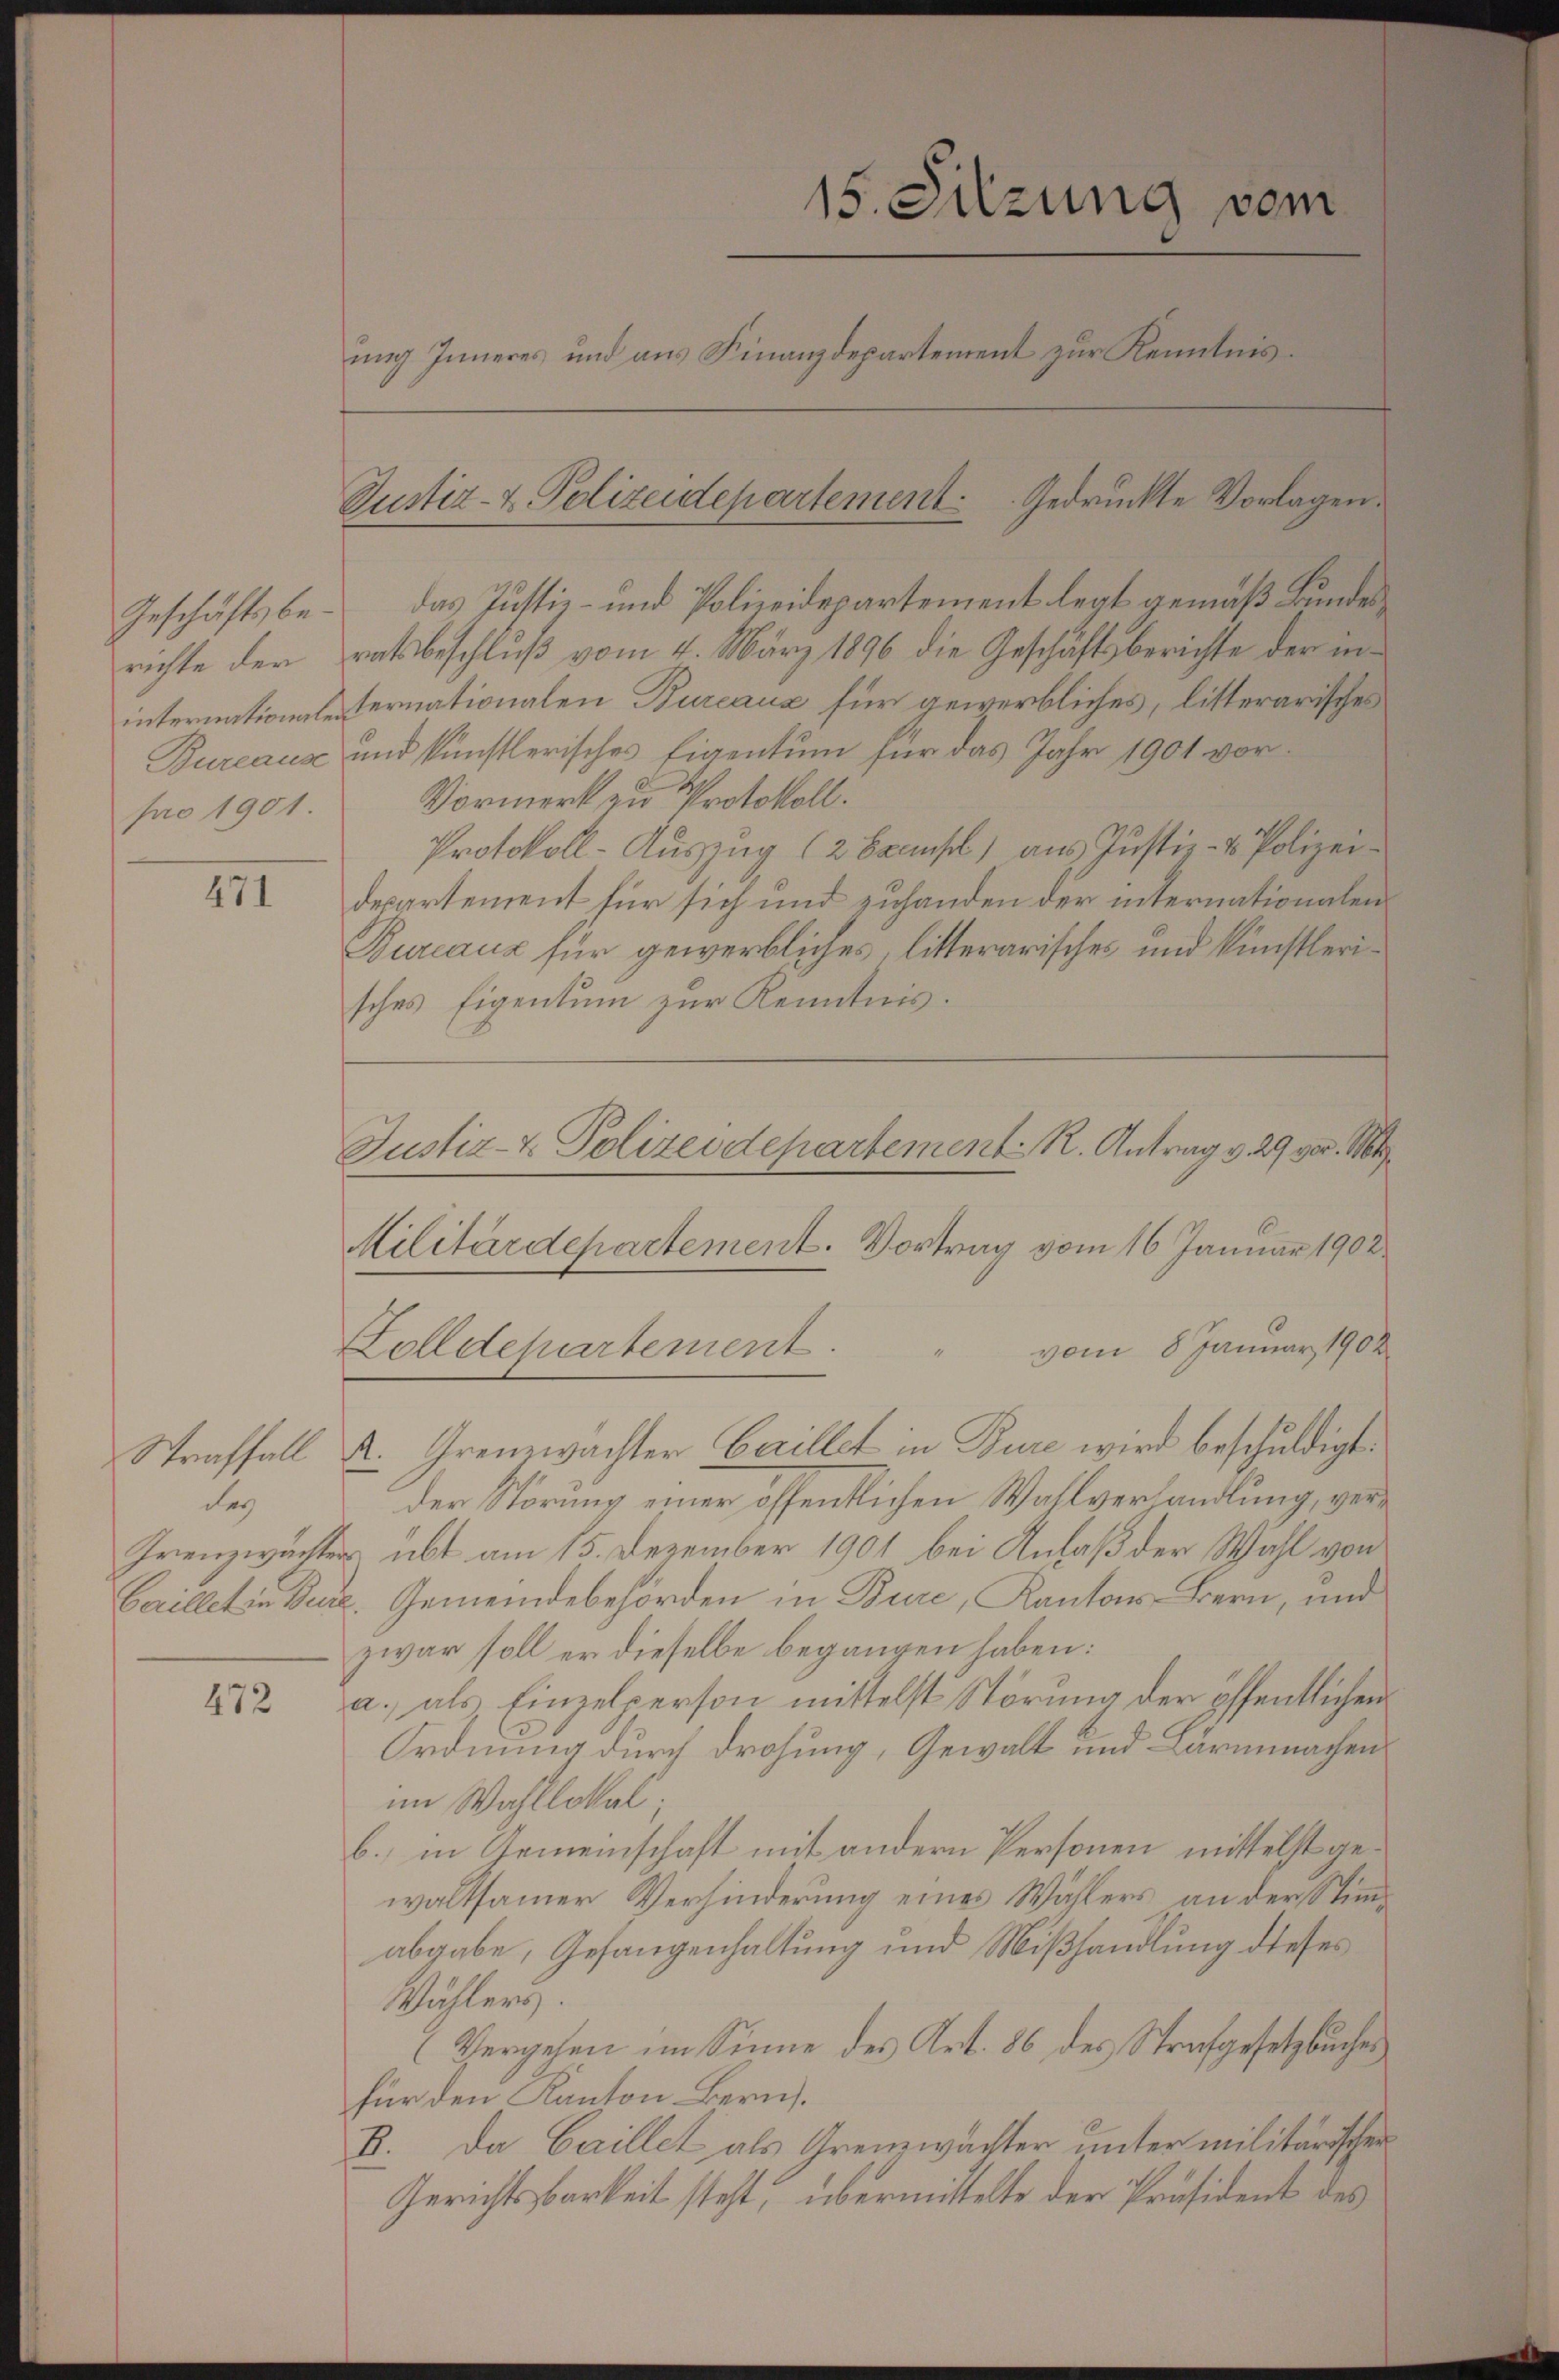
Geschäftsbepro 1901.

471

des

472

15. Sitzung vom
ung Inneres und aus Finanzdepartement zur Kenntnis¬
Pustiz- & Polizeidepartement. Gedruckte Vorlagen.

Justiz- & Polizeidepartement. R. Antrag v. 29 vor. Mt
Militärdepartement. Vortrag vom 16. Januar 1902
Zolldepartement.
vom 8 Januar 1902

das Justiz- und Polizeidepartement legt gemäß Bundesrichte der ratsbeschluß vom 4. März 1896 die Geschäftsberichte der ininternationalesternationalen Bureaus für gewerbliches, litterarisches
Bureaus und künstlerisches Eigentum für das Jahr 1901 vor¬
Vormerk & Protokoll.
Protokoll-Auszug (2 Exemsel) aus Justiz- & Polizeidepartement für sich und zuhanden der internationalen
Bureaux für gewerbliches, litterarisches und künstlerisches Eigentum zur Kenntnis.
Straffall A. Grenzwachter Carillet in Bure wird beschuldigt.
der Störung einer öffentlichen Wahlverhandlung, ver¬
Grenzwachter übt am 15. Dezember 1901 bei Anlaß der Wahl von
baillet in Burg. Gemeindebehörden in Bure, Kantons-Bern, und
zwar soll er dieselbe begangen haben:
a., als Einzelperson mittelst Störung der öffentlichen
Ordnung durch drohung, Gewalt und Lärmmachen
im Wahllokal;
b. in Gemeinschaft mit andern Personen mittelst gewaltsamer Verhinderung eines Wählers an der Stimmabgabe, Gefangenhaltung und Mißhandlung dieses
Wählers.
(Vergehen im Sinne des Art. 86 des Strafgesetzbuches
für den Kanton Bern.
B. Da Gaillet als Grenzwachter unter militärischen
Gerichtsbarkeit steht, übermittelte der Präsident des